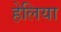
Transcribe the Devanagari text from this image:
हेलिया